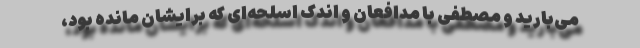
می‌بارید و مصطفی با مدافعان و اندک اسلحه‌ای که برایشان مانده بود،